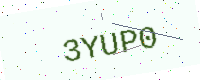
Text: 3YUP0